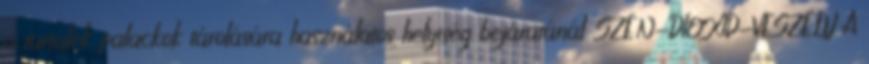
a tartalék palackok tárolására használatos helyiség bejáratánál SZÉN-DIOXID-VESZÉLY A